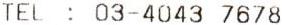
TEL : 03-4043 7678